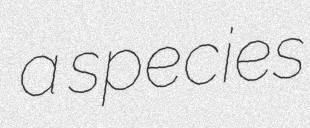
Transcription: a species